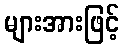
များအားဖြင့်